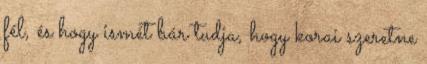
fél, és hogy ismét bár tudja, hogy korai szeretne